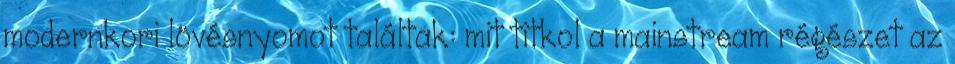
modernkori lövésnyomot találtak: mit titkol a mainstream régészet az